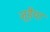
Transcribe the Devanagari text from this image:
जुड़ैया